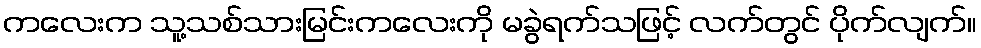
ကလေးက သူ့သစ်သားမြင်းကလေးကို မခွဲရက်သဖြင့် လက်တွင် ပိုက်လျက်။